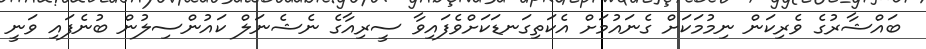
ބައްޝާރުގެ ވެރިކަން ނިމުމަކަށް ގެނައުމަށް އެކަތިގަނޑަކަށްވެފައިވާ ސީރިއާގެ ނެޝެނަލް ކައުންސިލުން ބުނެފައި ވަނީ